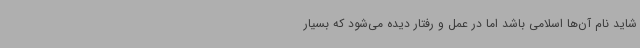
شاید نام‌ آن‌ها اسلامی باشد اما در عمل و رفتار دیده می‌شود که بسیار